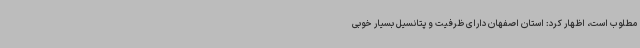
مطلوب است، اظهار کرد: استان اصفهان دارای ظرفیت و پتانسیل بسیار خوبی